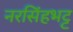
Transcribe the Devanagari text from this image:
नरसिंहभट्ट